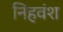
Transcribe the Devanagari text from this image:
निहवंश